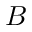
B